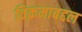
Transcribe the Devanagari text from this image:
विक्रमाबद्दल